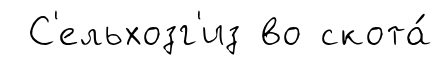
С'ельхозг'из во скота́